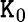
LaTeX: \mathtt{K}_{0}